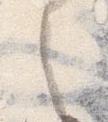
之